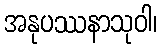
အနုပဿနာသုဝါ၊